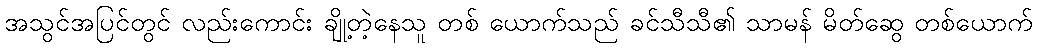
အသွင်အပြင်တွင် လည်းကောင်း ချို့တဲ့နေသူ တစ် ယောက်သည် ခင်သီသီ၏ သာမန် မိတ်ဆွေ တစ်ယောက်